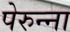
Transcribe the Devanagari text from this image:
पेरुन्ना